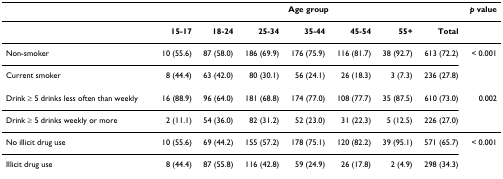
<table><thead><tr><td>[EMPTY_CELL]</td><td colspan="7"><b>Age group</b></td><td><b><i>p </i>value</b></td></tr></thead><tbody><tr><td>[EMPTY_CELL]</td><td><b>15-17</b></td><td><b>18-24</b></td><td><b>25-34</b></td><td><b>35-44</b></td><td><b>45-54</b></td><td><b>55+</b></td><td><b>Total</b></td><td>[EMPTY_CELL]</td></tr><tr><td>Non-smoker</td><td>10 (55.6)</td><td>87 (58.0)</td><td>186 (69.9)</td><td>176 (75.9)</td><td>116 (81.7)</td><td>38 (92.7)</td><td>613 (72.2)</td><td>&lt; 0.001</td></tr><tr><td>Current smoker</td><td>8 (44.4)</td><td>63 (42.0)</td><td>80 (30.1)</td><td>56 (24.1)</td><td>26 (18.3)</td><td>3 (7.3)</td><td>236 (27.8)</td><td>[EMPTY_CELL]</td></tr><tr><td>Drink ≥ 5 drinks less often than weekly</td><td>16 (88.9)</td><td>96 (64.0)</td><td>181 (68.8)</td><td>174 (77.0)</td><td>108 (77.7)</td><td>35 (87.5)</td><td>610 (73.0)</td><td>0.002</td></tr><tr><td>Drink ≥ 5 drinks weekly or more</td><td>2 (11.1)</td><td>54 (36.0)</td><td>82 (31.2)</td><td>52 (23.0)</td><td>31 (22.3)</td><td>5 (12.5)</td><td>226 (27.0)</td><td>[EMPTY_CELL]</td></tr><tr><td>No illicit drug use</td><td>10 (55.6)</td><td>69 (44.2)</td><td>155 (57.2)</td><td>178 (75.1)</td><td>120 (82.2)</td><td>39 (95.1)</td><td>571 (65.7)</td><td>&lt; 0.001</td></tr><tr><td>Illicit drug use</td><td>8 (44.4)</td><td>87 (55.8)</td><td>116 (42.8)</td><td>59 (24.9)</td><td>26 (17.8)</td><td>2 (4.9)</td><td>298 (34.3)</td><td>[EMPTY_CELL]</td></tr></tbody></table>